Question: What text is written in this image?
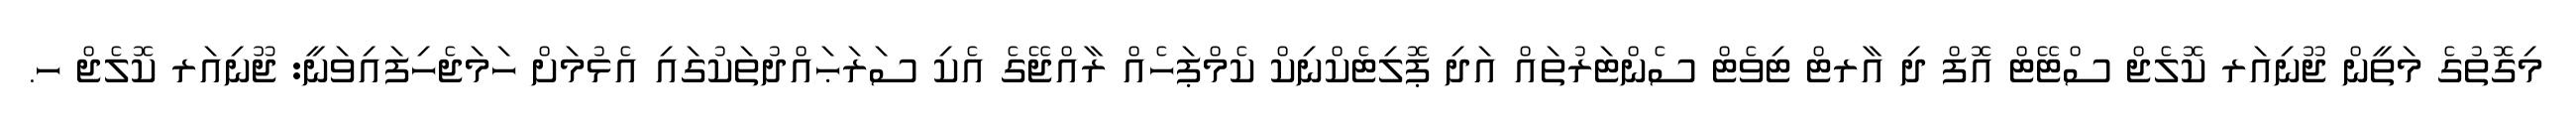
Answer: މިގޮތުގެ މަތީން ޖޫނިއަރ ކޮލެޖް ސްޓޭޓް އޮފް ދި އާރޓް ޓިވެޓް ސެންޓަރުތައް އަދި ޕޮލިޓެކްނިކް ކެމްޕަހެއް ރާއްޖޭގެ އެކި ސަރަޙައްދުތަކުގައި އެޅުމަށް ހަމަޖެހިފައިވަނީ: ޖޫނިއަރ ކޮލެޖް ހ.